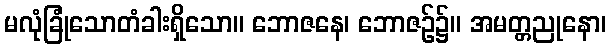
မလုံခြုံသောတံခါးရှိသော။ ဘောဇနေ၊ ဘောဇဉ်၌။ အမတ္တညုနော၊